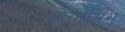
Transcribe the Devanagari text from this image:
प्रोगार्मिंग